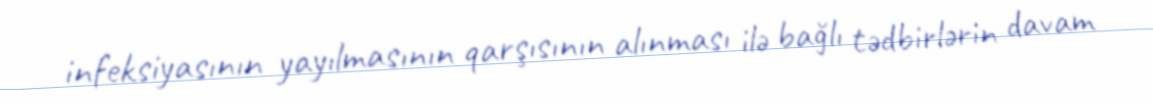
infeksiyasının yayılmasının qarşısının alınması ilə bağlı tədbirlərin davam